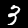
Digit: 3